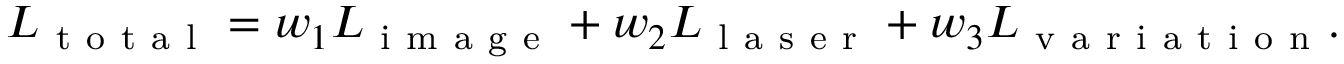
L _ { \mathrm { ~ t ~ o ~ t ~ a ~ l ~ } } = w _ { 1 } L _ { \mathrm { ~ i ~ m ~ a ~ g ~ e ~ } } + w _ { 2 } L _ { \mathrm { ~ l ~ a ~ s ~ e ~ r ~ } } + w _ { 3 } L _ { \mathrm { ~ v ~ a ~ r ~ i ~ a ~ t ~ i ~ o ~ n ~ } } .